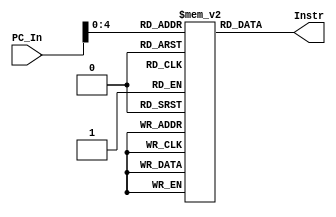
module ROM_PP(
 output reg [31:0] Instr,
 input [31:0] PC_In
);

reg [31:0] memory [31:0];

initial begin 
//	WITHOUT HAZARDS
memory[0] = 32'b000000_00001_00010_10000_00000_100000; // add
memory[1] = 32'b000000_00011_00100_10001_00000_100010; // sub
memory[2] = 32'b000000_00001_00010_10011_00000_100011; // mult
memory[3] = 32'b000000_00001_00010_10011_00000_100110; // slt
memory[4] = 32'b001010_00001_00010_00000_00000_000110; // addi
memory[5] = 32'b100011_00111_10100_00000_00000_000010; // LW 
memory[6] = 32'b101011_00111_00100_00000_00000_000100; // SW 
memory[7] = 32'b000100_01000_01001_00000_00000_000110; // Branch = 6 + PC + 1 = 6+7+1 = 14
//	dummy instructions
memory[8] = 32'b000000_10000_00011_10011_00000_100000; // add
memory[9] = 32'b000000_10000_00011_10011_00000_100000; // add
memory[10] = 32'b000000_10000_00011_10011_00000_100000; // add
memory[11] = 32'b000000_10000_00011_10011_00000_100000; // add
memory[12] = 32'b000000_10000_00011_10011_00000_100000; // add
memory[13] = 32'b000000_10000_00011_10011_00000_100000; // add
//	WITH HAZARDS (AFTER BRANCH WE COME HERE)
memory[14] = 32'b000000_00001_00011_10110_00000_100000; // add
memory[15] = 32'b000000_10110_00100_10101_00000_100010; // sub
memory[16] = 32'b000000_10110_01000_10011_00000_100100; // mult
memory[17] = 32'b100011_00111_11100_00000_00000_000011; // LW 
memory[18] = 32'b000000_11100_00011_10000_00000_100000; // add
memory[19] = 32'b100011_00110_00001_00000_00000_000010; // LW
memory[20] = 32'b100011_00001_00010_00000_00000_000010; // LW  
memory[21] = 32'b000000_10000_00100_10011_00000_100000; // add 
memory[22] = 32'b000010_00000_00000_00000_00000_011100; // Jump
memory[23] = 32'b000000_10000_00011_10011_00000_100000; // add
memory[24] = 32'b000000_10000_00011_10011_00000_100000; // add
memory[25] = 32'b000000_10000_00011_10011_00000_100000; // add
memory[26] = 32'b000000_10000_00011_10011_00000_100000; // add
memory[27] = 32'b000000_10000_00011_10011_00000_100000; // add
memory[28] = 32'b000000_00001_00100_11000_00000_100100; // and
memory[29] = 32'b000000_00001_00100_11000_00000_100101; // or
memory[30] = 32'b100011_00001_00010_00000_00000_000010; // LW  
memory[31] = 32'b101011_00010_00010_00000_00000_000011; // SW 
end

always@(*) begin
Instr <= memory[PC_In];
end

endmodule